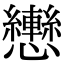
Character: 𢥩